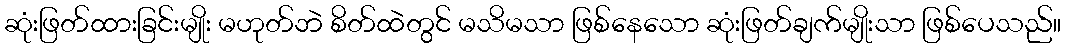
ဆုံးဖြတ်ထားခြင်းမျိုး မဟုတ်ဘဲ စိတ်ထဲတွင် မသိမသာ ဖြစ်နေသော ဆုံးဖြတ်ချက်မျိုးသာ ဖြစ်ပေသည်။